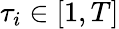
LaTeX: \tau_{i}\in[1,T]